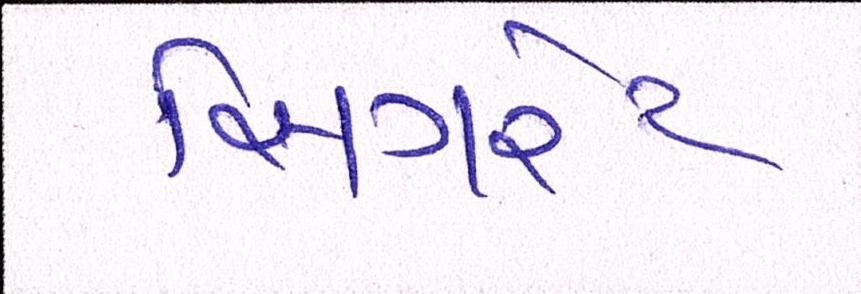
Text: સિગરેટ